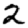
Digit: 2